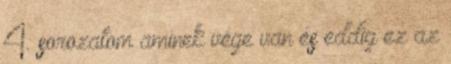
4. sorozatom aminek vége van és eddig ez az